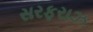
સરફરાઝ